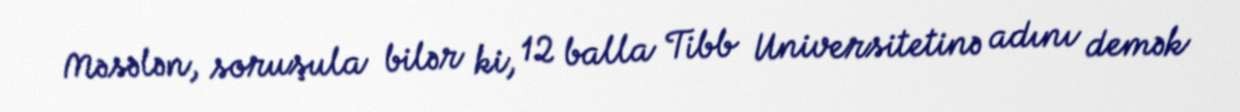
Məsələn, soruşula bilər ki, 12 balla Tibb Universitetinə adını demək